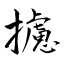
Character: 攄